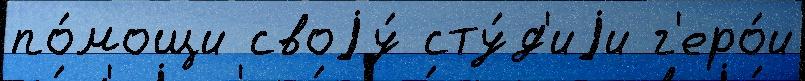
по́мощи своjу́ сту́д'иjи г'еро́и